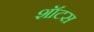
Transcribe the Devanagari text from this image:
शॉटस